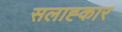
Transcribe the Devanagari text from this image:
सलाह्कार